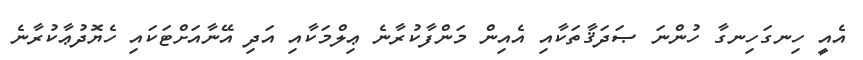
އެއީ ހިނގަހިނގާ ހުންނަ ޞަދަޤާތަކާއި އެއިން މަންފާކުރާނެ ޢިލްމަކާއި އަދި އޭނާއަށްޓަކައި ހެޔޮދުޢާކުރާނެ